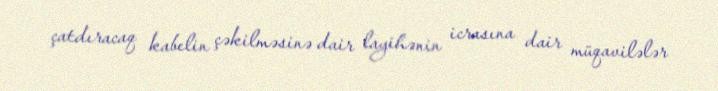
çatdıracaq kabelin çəkilməsinə dair layihənin icrasına dair müqavilələr